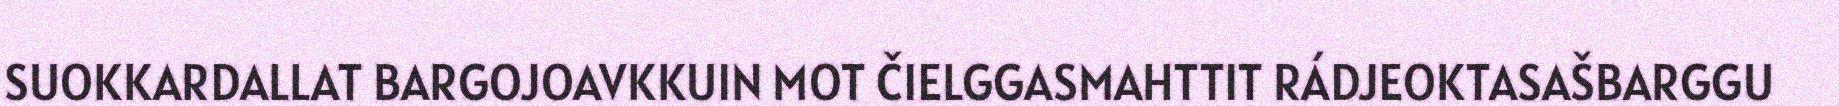
SUOKKARDALLAT BARGOJOAVKKUIN MOT ČIELGGASMAHTTIT RÁDJEOKTASAŠBARGGU